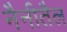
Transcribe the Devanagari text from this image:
नैनीतैल